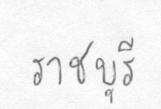
ราชบุรี